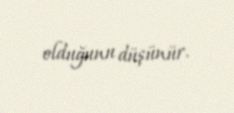
olduğunu düşünür.